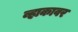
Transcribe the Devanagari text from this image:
व्हाकावर